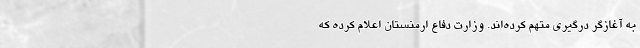
به آغازگر درگیری متهم کرده‌اند. وزارت دفاع ارمنستان اعلام کرده که